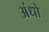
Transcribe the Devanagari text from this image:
अंधो